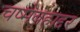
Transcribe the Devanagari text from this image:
चष्मेबहाद्दर